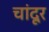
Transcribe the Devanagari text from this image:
चांदूर